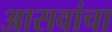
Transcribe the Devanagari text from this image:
आसवांचा